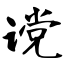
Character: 谠